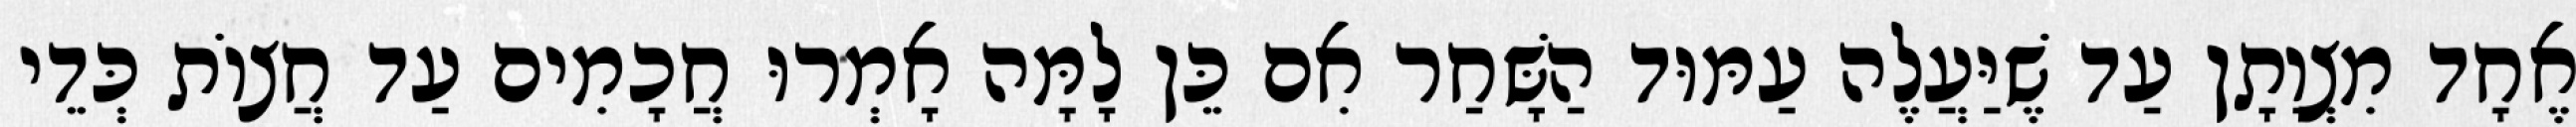
אֶחָד מִצְוָתָן עַד שֶׁיַּעֲלֶה עַמּוּד הַשָּׁחַר אִם כֵּן לָמָּה אָמְרוּ חֲכָמִים עַד חֲצוֹת כְּדֵי